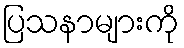
ပြသနာများကို